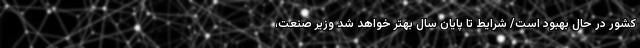
کشور در حال بهبود است/ شرایط تا پایان سال بهتر خواهد شد وزیر صنعت،